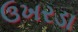
ઉખરડા